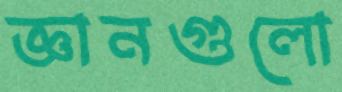
জ্ঞানগুলো